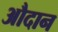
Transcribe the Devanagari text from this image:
औदान